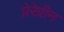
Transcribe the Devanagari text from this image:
प्रेरेग्रीन